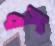
বস